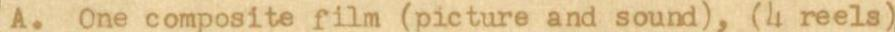
A. One composite film (picture and sound), (4 reels)